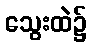
သွေးထဲ၌